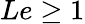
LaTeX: Le\ge 1